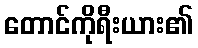
တောင်ကိုရီးယား၏